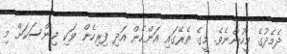
ދެމެދުގެ މީހުންނެވެ. މީގެ ތެރޭގައި އަންހެން އަދި ފިރިހެން ވަކި ޖިންސަކަށް މި